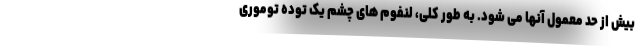
بیش از حد معمول آنها می شود. به طور کلی، لنفوم های چشم یک توده توموری